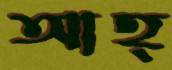
আহ্